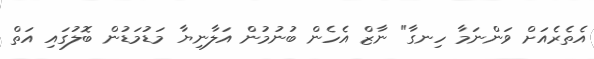
އެތެރެއަށް ވަންނަމާ ހިނގާ" ނާޒް އެހެން ބުނުމުން އަލާނިޔާ މަޑުމަޑުން ބޮލުގައި އަތް